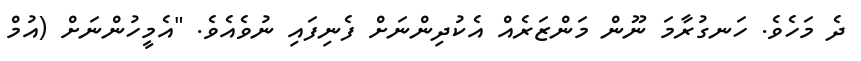
ދެ މަހެވެ. ހަނގުރާމަ ނޫން މަންޒަރެއް އެކުދިންނަށް ފެނިފައި ނުވެއެވެ. "އެމީހުންނަށް (އުމް